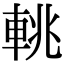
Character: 𨋫